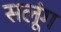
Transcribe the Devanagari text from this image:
सलूंग